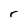
Character: r